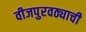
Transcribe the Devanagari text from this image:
वीजपुरवठ्याची